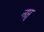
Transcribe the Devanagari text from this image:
नप्तृ